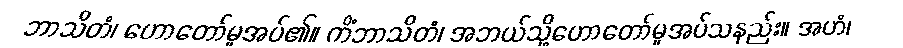
ဘာသိတံ၊ ဟောတော်မူအပ်၏။ ကိံဘာသိတံ၊ အဘယ်သို့ဟောတော်မူအပ်သနည်း။ အဟံ၊